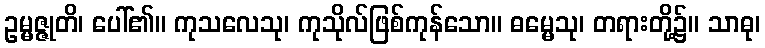
ဥမ္မဇ္ဇုတိ၊ ပေါ်၏။ ကုသလေသု၊ ကုသိုလ်ဖြစ်ကုန်သော။ ဓမ္မေသု၊ တရားတို့၌။ သာဓု၊